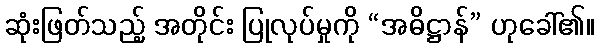
ဆုံးဖြတ်သည့် အတိုင်း ပြုလုပ်မှုကို “အဓိဋ္ဌာန်” ဟုခေါ်၏။